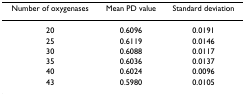
<table><thead><tr><td><b>Number of oxygenases</b></td><td><b>Mean PD value</b></td><td><b>Standard deviation</b></td></tr></thead><tbody><tr><td>20</td><td>0.6096</td><td>0.0191</td></tr><tr><td>25</td><td>0.6119</td><td>0.0146</td></tr><tr><td>30</td><td>0.6088</td><td>0.0117</td></tr><tr><td>35</td><td>0.6036</td><td>0.0137</td></tr><tr><td>40</td><td>0.6024</td><td>0.0096</td></tr><tr><td>43</td><td>0.5980</td><td>0.0105</td></tr></tbody></table>